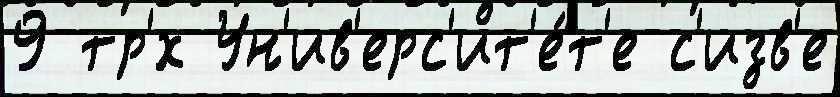
9 тр'́х Ун'ив'ерс'ит'е́т'е с'изв'е